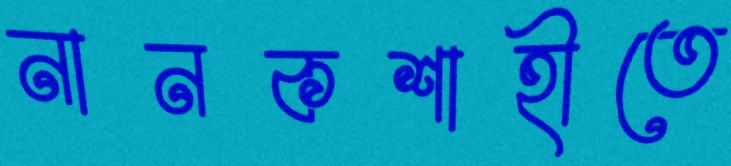
নানকশাহীতে